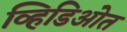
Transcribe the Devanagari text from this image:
व्हिडिओत